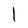
Character: l